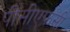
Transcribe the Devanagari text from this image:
पीसीएफसी